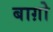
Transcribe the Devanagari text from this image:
बाग़ोे